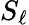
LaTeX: S_{\ell}